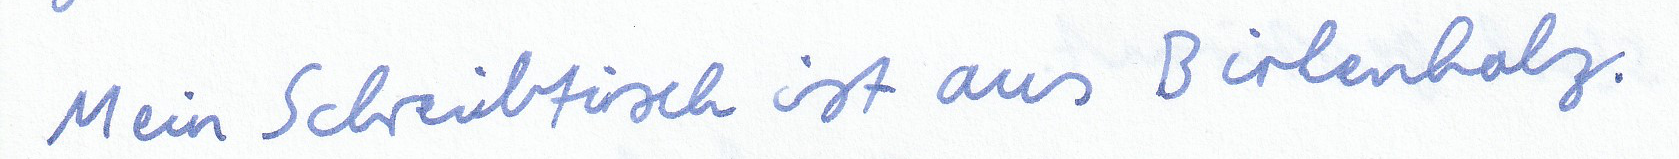
Mein Schreibtisch ist aus Birkenholz.